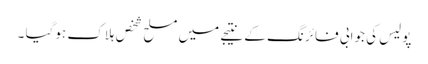
پولیس کی جوابی فائرنگ کے نتیجے میں مسلح شخص ہلاک ہوگیا ۔